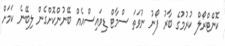
ކޮންޓްރޯލް ކުރުމުގެ ބާރު ފޯނު ނުވަތަ ސްމާޓް ޑިވައިސްއެއް ބޭނުންކޮށްގެން ލިބޭނެ ކަމަށް